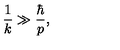
\frac { 1 } { k } \gg \frac { \hbar } { p } ,